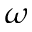
\omega